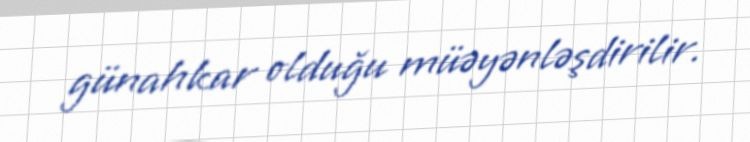
günahkar olduğu müəyənləşdirilir.